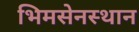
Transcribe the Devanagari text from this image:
भिमसेनस्थान